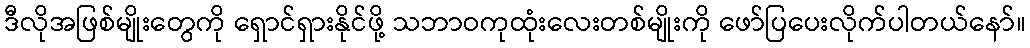
ဒီလိုအဖြစ်မျိုးတွေကို ရှောင်ရှားနိုင်ဖို့ သဘာဝကုထုံးလေးတစ်မျိုးကို ဖော်ပြပေးလိုက်ပါတယ်နော်။